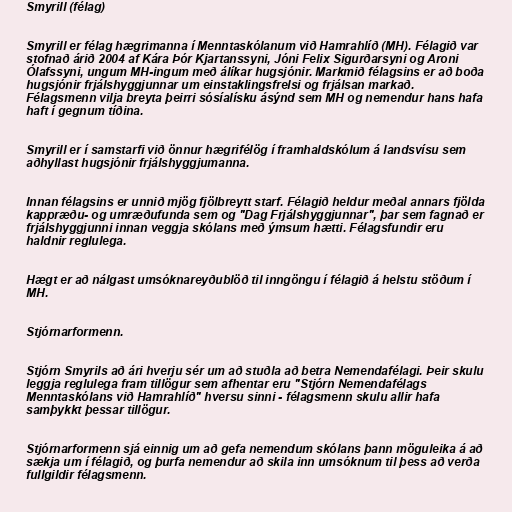
Smyrill (félag)

Smyrill er félag hægrimanna í Menntaskólanum við Hamrahlíð (MH). Félagið var
stofnað árið 2004 af Kára Þór Kjartanssyni, Jóni Felix Sigurðarsyni og Aroni
Ólafssyni, ungum MH-ingum með álíkar hugsjónir. Markmið félagsins er að boða
hugsjónir frjálshyggjunnar um einstaklingsfrelsi og frjálsan markað.
Félagsmenn vilja breyta þeirri sósíalísku ásýnd sem MH og nemendur hans hafa
haft í gegnum tíðina.

Smyrill er í samstarfi við önnur hægrifélög í framhaldskólum á landsvísu sem
aðhyllast hugsjónir frjálshyggjumanna.

Innan félagsins er unnið mjög fjölbreytt starf. Félagið heldur meðal annars fjölda
kappræðu- og umræðufunda sem og "Dag Frjálshyggjunnar", þar sem fagnað er
frjálshyggjunni innan veggja skólans með ýmsum hætti. Félagsfundir eru
haldnir reglulega.

Hægt er að nálgast umsóknareyðublöð til inngöngu í félagið á helstu stöðum í
MH.

Stjórnarformenn.

Stjórn Smyrils að ári hverju sér um að stuðla að betra Nemendafélagi. Þeir skulu
leggja reglulega fram tillögur sem afhentar eru "Stjórn Nemendafélags
Menntaskólans við Hamrahlíð" hversu sinni - félagsmenn skulu allir hafa
samþykkt þessar tillögur.

Stjórnarformenn sjá einnig um að gefa nemendum skólans þann möguleika á að
sækja um í félagið, og þurfa nemendur að skila inn umsóknum til þess að verða
fullgildir félagsmenn.